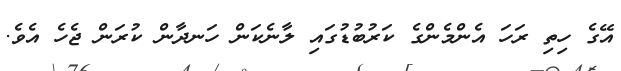
އޭގެ ހިތި ރަހަ އެންމެންގެ ކަރުބުޑުގައި ލާނެކަން ހަނދާން ކުރަން ޖެހެ އެވެ.